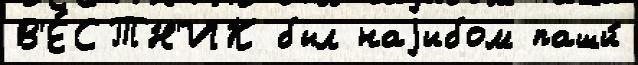
В'Е́СТН'ИК был наjибом паши́